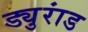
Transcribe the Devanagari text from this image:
ड्युरांड